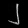
Digit: ၂